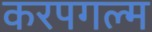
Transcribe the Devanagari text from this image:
करपगल्म